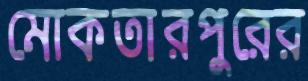
মোকতারপুরের